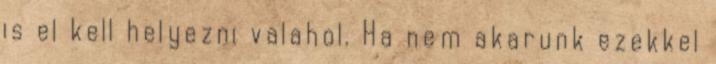
is el kell helyezni valahol. Ha nem akarunk ezekkel